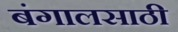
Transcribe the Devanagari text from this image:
बंगालसाठी